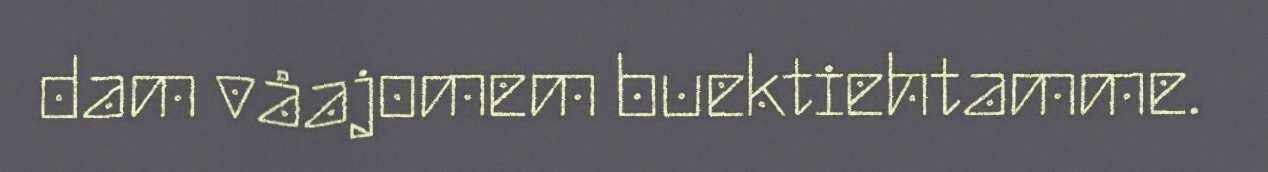
dam våajomem buektiehtamme.